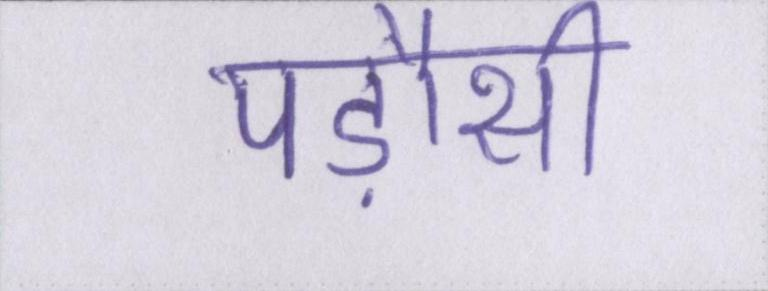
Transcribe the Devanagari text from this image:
पड़ौसी